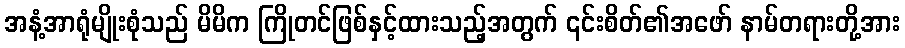
အနံ့အာရုံမျိုးစုံသည် မိမိက ကြိုတင်ဖြစ်နှင့်ထားသည့်အတွက် ၎င်းစိတ်၏အဖော် နာမ်တရားတို့အား